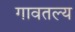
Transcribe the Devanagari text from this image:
गावतल्य